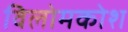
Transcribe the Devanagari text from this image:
विलोमकोश